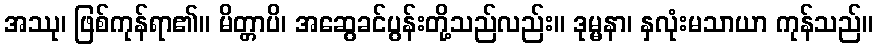
အဿု၊ ဖြစ်ကုန်ရာ၏။ မိတ္တာပိ၊ အဆွေခင်ပွန်းတို့သည်လည်း။ ဒုမ္မနာ၊ နှလုံးမသာယာ ကုန်သည်။